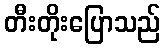
တီးတိုးပြောသည်